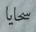
سحايا